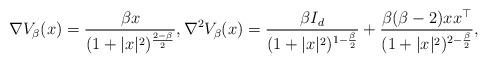
LaTeX: \begin{gather*} \nabla V_{\beta}(x) = \frac{\beta x}{(1+|x|^{2})^{\frac{2-\beta}{2}}}, \nabla^{2}V_{\beta}(x) = \frac{\beta I_d}{(1+|x|^{2})^{1-\frac{\beta}{2}}} + \frac{\beta(\beta-2) xx^{\top}}{(1+|x|^{2})^{2-\frac{\beta}{2}}},\end{gather*}